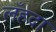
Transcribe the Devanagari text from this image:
लँहदा